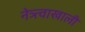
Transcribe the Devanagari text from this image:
नेत्र्त्वाखाली